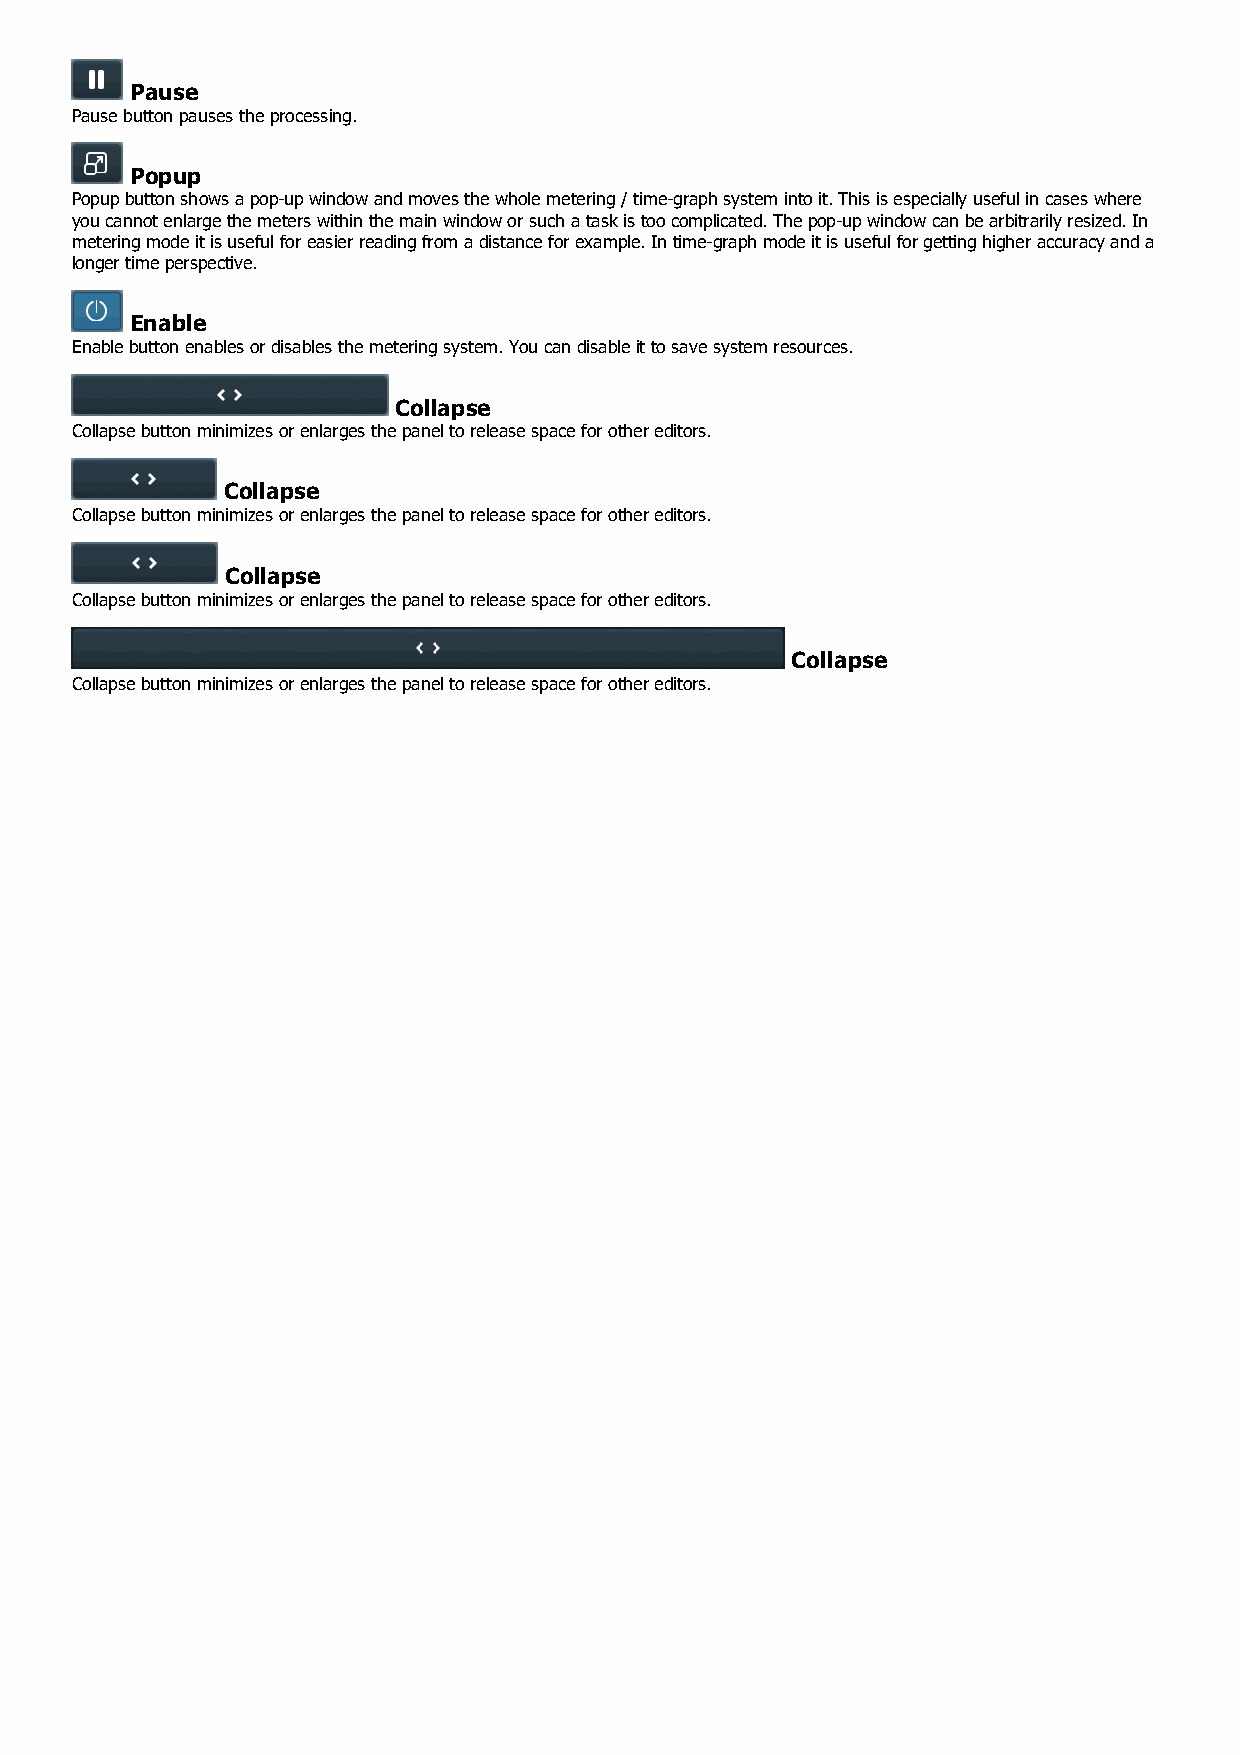
Pause
 Pause button pauses the processing.
 Popup
 Popup button shows a pop-up window and moves the whole metering / time-graph system into it. This is especially useful in cases where
 you cannot enlarge the meters within the main window or such a task is too complicated. The pop-up window can be arbitrarily resized. In
 metering mode it is useful for easier reading from a distance for example. In time-graph mode it is useful for getting higher accuracy and a
 longer time perspective.
 Enable
 Enable button enables or disables the metering system. You can disable it to save system resources.
 Collapse
 Collapse button minimizes or enlarges the panel to release space for other editors.
 Collapse
 Collapse button minimizes or enlarges the panel to release space for other editors.
 Collapse
 Collapse button minimizes or enlarges the panel to release space for other editors.
 Collapse
 Collapse button minimizes or enlarges the panel to release space for other editors.